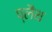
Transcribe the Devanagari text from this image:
प्लैथ